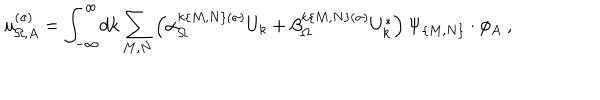
u _ { \Omega , A } ^ { ( \sigma ) } = \int _ { - \infty } ^ { \infty } \! d k \sum _ { M , N } \left( \alpha _ { \Omega } ^ { k \{ M , N \} ( \sigma ) } U _ { k } + \beta _ { \Omega } ^ { k \{ M , N \} ( \sigma ) } U _ { k } ^ { * } \right) \Psi _ { \{ M , N \} } \cdot \phi _ { A } \ ,